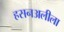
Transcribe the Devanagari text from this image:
हसनअलीला